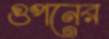
গুপনের